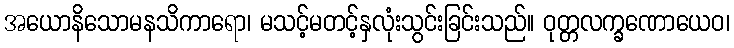
အယောနိသောမနသိကာရော၊ မသင့်မတင့်နှလုံးသွင်းခြင်းသည်။ ဝုတ္တလက္ခဏောယေဝ၊